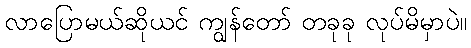
လာပြောမယ်ဆိုယင် ကျွန်တော် တခုခု လုပ်မိမှာပဲ။